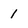
Character: 1